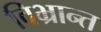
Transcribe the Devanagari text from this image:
विभ्रान्त